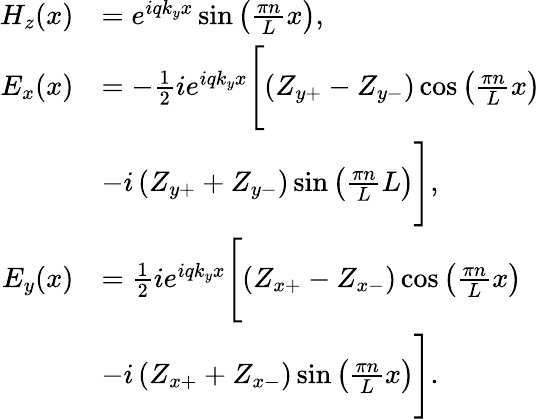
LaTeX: \begin{array}{rl}{H_{z}(x)}&{=e^{iqk_{y}x}\sin\left(\frac{\pi n}{L}x\right),}\\ {E_{x}(x)}&{=-\frac{1}{2}ie^{iqk_{y}x}\Biggl[\left(Z_{y+}-Z_{y-}\right)\cos\left(\frac{\pi n}{L}x\right)}\\ &{-i\left(Z_{y+}+Z_{y-}\right)\sin\left(\frac{\pi n}{L}L\right)\Biggr],}\\ {E_{y}(x)}&{=\frac{1}{2}ie^{iqk_{y}x}\Biggl[\left(Z_{x+}-Z_{x-}\right)\cos\left(\frac{\pi n}{L}x\right)}\\ &{-i\left(Z_{x+}+Z_{x-}\right)\sin\left(\frac{\pi n}{L}x\right)\Biggr].}\end{array}